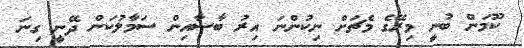
ކޫމަން ބުނީ މިރޭގެ މެޗަށް ނިކުންނަ އިރު ބާސާއިން ސަމާލުކަން ދޭނީ ގިނަ